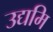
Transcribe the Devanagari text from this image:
उद्यमि